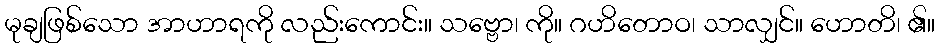
မုချဖြစ်သော အာဟာရကို လည်းကောင်း။ သဗ္ဗော၊ ကို။ ဂဟိတောဝ၊ သာလျှင်။ ဟောတိ၊ ၏။